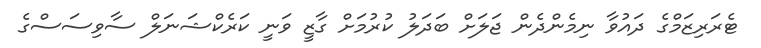
ޓެރަރިޒަމްގެ ދައުވާ ނިމެންދެން ޖަލަށް ބަދަލު ކުރުމަށް ގާޒީ ވަނީ ކަރެކްޝަނަލް ސާވިސަސްގެ